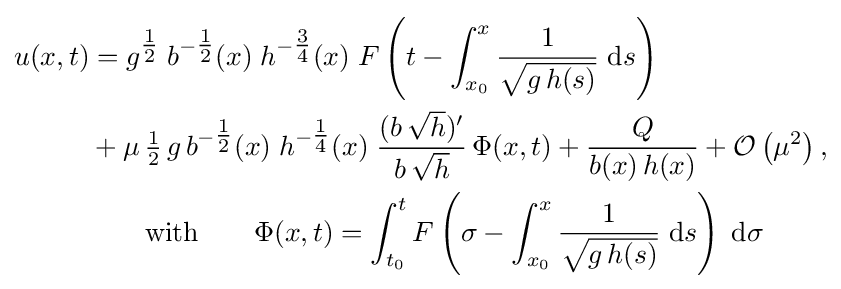
{\begin{aligned}u(x,t)&=g^{\tfrac {1}{2}}\;b^{-{\tfrac {1}{2}}}(x)\;h^{-{\tfrac {3}{4}}}(x)\;F\left(t-\int _{x_{0}}^{x}{\frac {1}{\sqrt {g\,h(s)}}}\;\mathrm {d} s\right)\\&+\mu \,{\tfrac {1}{2}}\,g\,b^{-{\tfrac {1}{2}}}(x)\;h^{-{\tfrac {1}{4}}}(x)\;{\frac {(b\,{\sqrt {h}})'}{b\,{\sqrt {h}}}}\,\Phi (x,t)+{\frac {Q}{b(x)\,h(x)}}+{\mathcal {O}}\left(\mu ^{2}\right),\\&\qquad {\text{with}}\qquad \Phi (x,t)=\int _{t_{0}}^{t}F\left(\sigma -\int _{x_{0}}^{x}{\frac {1}{\sqrt {g\,h(s)}}}\;\mathrm {d} s\right)\;\mathrm {d} \sigma \end{aligned}}